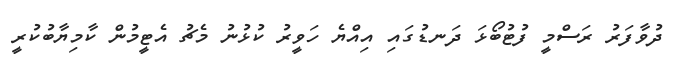
ދުވާފަރު ރަސްމީ ފުޓުބޯޅަ ދަނޑުގައި އިއްޔެ ހަވީރު ކުޅުނު މެޗު އެޓީމުން ކާމިޔާބުކުރީ